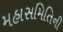
મહાસમિતિની